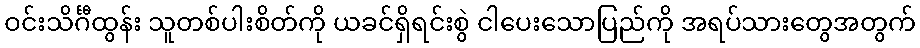
ဝင်းသိင်္ဂီထွန်း သူတစ်ပါးစိတ်ကို ယခင်ရှိရင်းစွဲ ငါပေးသောပြည်ကို အရပ်သားတွေအတွက်